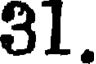
31.